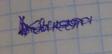
Signature authenticity: genuine